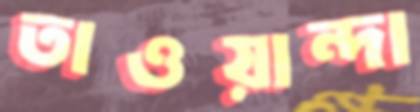
তাওয়ান্দা